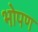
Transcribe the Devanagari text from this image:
भोपण